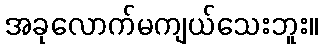
အခုလောက်မကျယ်သေးဘူး။